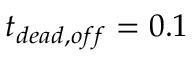
t _ { d e a d , o f f } = 0 . 1